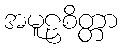
အမူဠှစိတ္တာ